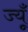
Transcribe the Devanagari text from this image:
ज्यूँ